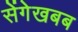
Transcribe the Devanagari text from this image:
सेंगेखबब